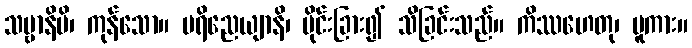
သဗ္ဗာနိပိ၊ ကုန်သော။ ပရိညေယျာနိ၊ ပိုင်းခြား၍ သိခြင်းသည်။ ကိဿဟေတု၊ မူကား။